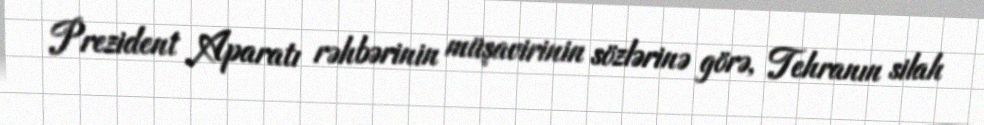
Prezident Aparatı rəhbərinin müşavirinin sözlərinə görə, Tehranın silah